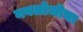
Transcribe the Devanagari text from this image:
नवलोजीचा